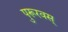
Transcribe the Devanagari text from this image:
पुरूरवस्